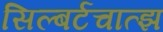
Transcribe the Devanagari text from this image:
सिल्बर्टचात्झ